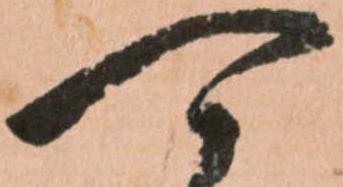
可